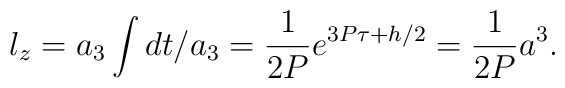
l_z=a_3\int dt/a_3=\frac{1}{2P}e^{3P\tau+h/2}=\frac{1}{2P}a^3.